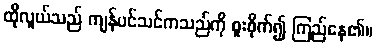
ထိုလူယ်သည် ကျန်ပင်သင်ကသည်ကို စူးစိုက်၍ ကြည်နေ၏။